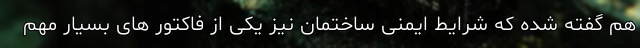
هم گفته شده که شرایط ایمنی ساختمان نیز یکی از فاکتور های بسیار مهم